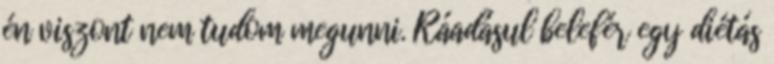
én viszont nem tudom megunni. Ráadásul belefér egy diétás